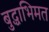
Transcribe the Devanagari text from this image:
बुद्धाभिमत